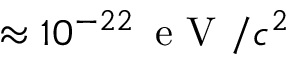
\approx 1 0 ^ { - 2 2 } \, \textrm { e V } / c ^ { 2 }